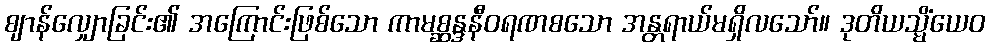
ဈာန်လျှောခြင်း၏ အကြောင်းဖြစ်သော ကာမစ္ဆန္ဒနီဝရဏစသော အန္တရာယ်မရှိလသော်။ ဒုတိယသ္မိံယေဝ